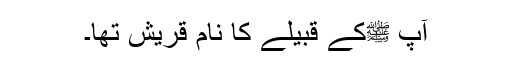
آپ ﷺکے قبیلے کا نام قریش تھا۔